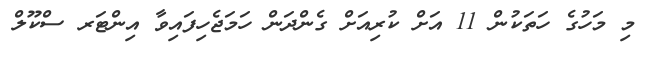
މި މަހުގެ ހަތަކުން 11 އަށް ކުރިއަށް ގެންދަން ހަމަޖެހިފައިވާ އިންޓަރ ސްކޫލް